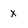
Character: x